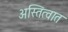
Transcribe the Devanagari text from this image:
अस्तित्‍वात